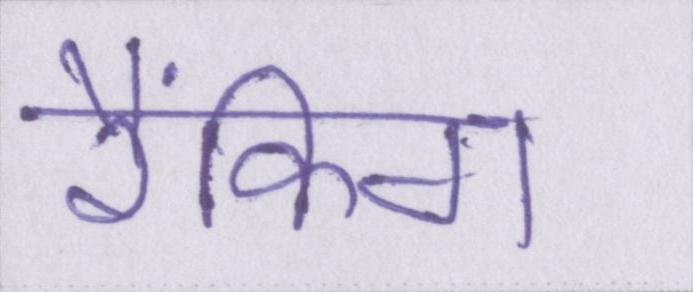
रैंकिग